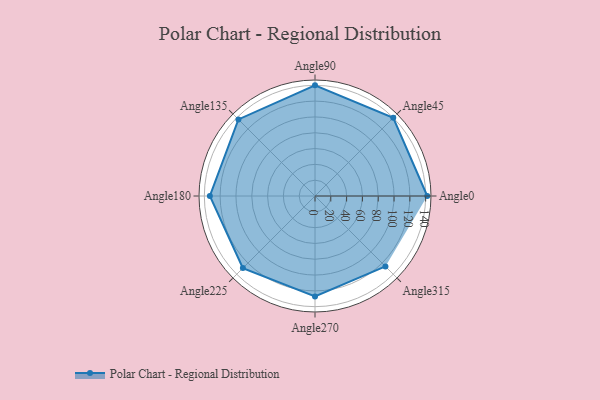
{"axis": {"x": "Angle", "y": "Radius"}, "legend": [""], "data": [{"x": "Angle0", "y": 142.0, "type": ""}, {"x": "Angle45", "y": 140.0, "type": ""}, {"x": "Angle90", "y": 140.0, "type": ""}, {"x": "Angle135", "y": 137.0, "type": ""}, {"x": "Angle180", "y": 133.0, "type": ""}, {"x": "Angle225", "y": 129.0, "type": ""}, {"x": "Angle270", "y": 127.0, "type": ""}, {"x": "Angle315", "y": 126.0, "type": ""}]}